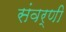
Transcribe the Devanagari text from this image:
संवर्णी